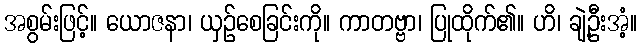
အစွမ်းဖြင့်။ ယောဇနာ၊ ယှဉ်စေခြင်းကို။ ကာတဗ္ဗာ၊ ပြုထိုက်၏။ ဟိ၊ ချဲ့ဦးအံ့။